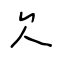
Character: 欠